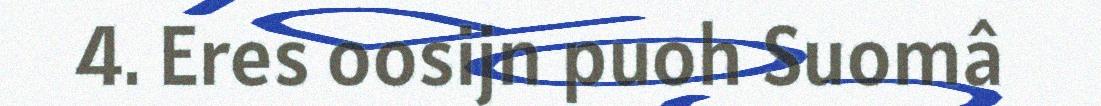
4. Eres oosijn puoh Suomâ